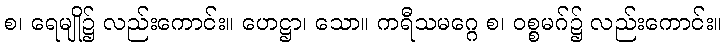
စ၊ ရေမျို၌ လည်းကောင်း။ ဟေဋ္ဌာ၊ သော။ ကရီသမဂ္ဂေ စ၊ ဝစ္စမဂ်၌ လည်းကောင်း။